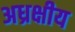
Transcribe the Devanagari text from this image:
अध्रक्षीय